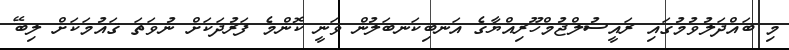
މި ބައްދަލުވުމުގައި ރައީސުލްޖުމްހޫރިއްޔާގެ އަނބިކަނބަލުން ވަނީ ކޮންމެ ފަރުދަކަށް ނުވަތަ ޤައުމަކަށް ލިބޭ